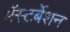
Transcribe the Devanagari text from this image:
मॅस्टर्बेशन